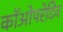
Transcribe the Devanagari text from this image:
कॉओपरेटिव